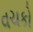
વચકો